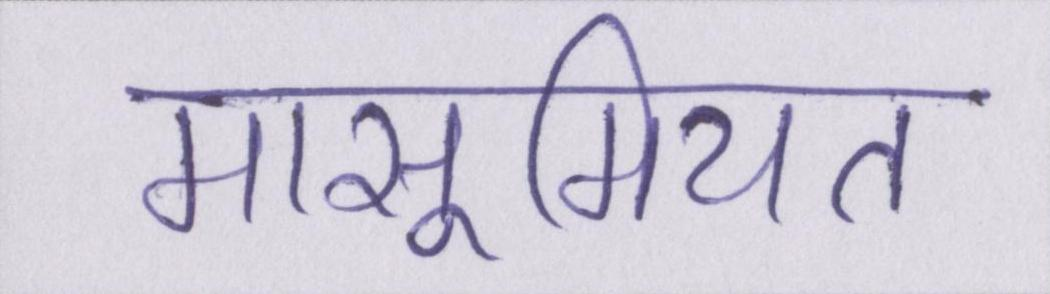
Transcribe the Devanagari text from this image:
मासूमियत